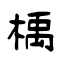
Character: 楀